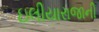
ઇલીયારાજાની